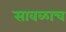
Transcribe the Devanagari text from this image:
सावळाच